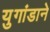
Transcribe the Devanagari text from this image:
युगांडाने